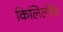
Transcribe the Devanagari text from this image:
किलिलोच